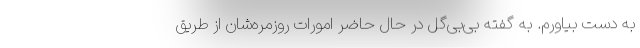
به دست بیاورم. به گفته بی‌بی‌گل در حال حاضر امورات روزمره‌شان از طریق